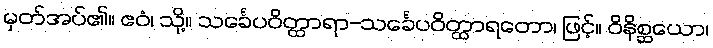
မှတ်အပ်၏။ ဧဝံ၊ သို့။ သင်္ခေပဝိတ္ထာရာ-သင်္ခေပဝိတ္ထာရတော၊ ဖြင့်။ ဝိနိစ္ဆယော၊